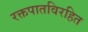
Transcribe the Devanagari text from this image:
रक्तपातविरहित